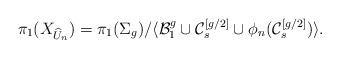
LaTeX: \begin{align*}\pi_1(X_{\widehat{U}_n})=\pi_1(\Sigma_g)/\langle \mathcal{B}_1^g\cup \mathcal{C}_s^{[g/2]} \cup \phi_n(\mathcal{C}_s^{[g/2]})\rangle.\end{align*}